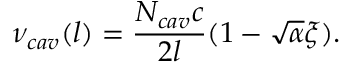
\nu _ { c a v } ( l ) = \frac { N _ { c a v } c } { 2 l } ( 1 - \sqrt { \alpha } \xi ) .